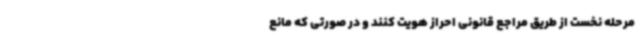
مرحله نخست از طریق مراجع قانونی احراز هویت کنند و در صورتی که مانع